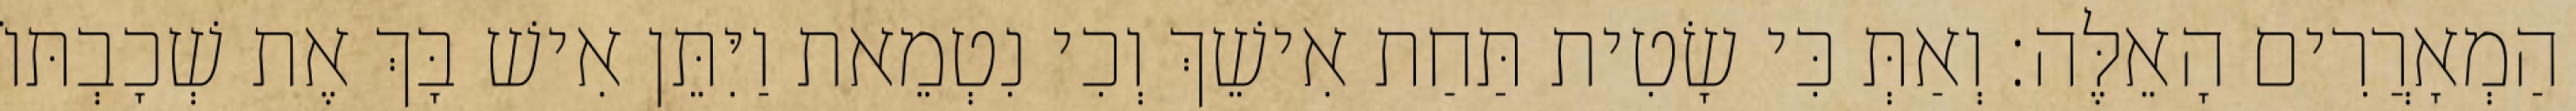
הַמְאָרֲרִים הָאֵלֶּה׃ וְאַתְּ כִּי שָׂטִית תַּחַת אִישֵׁךְ וְכִי נִטְמֵאת וַיִּתֵּן אִישׁ בָּךְ אֶת שְׁכָבְתּוֹ